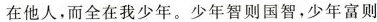
在他人，而全在我少年。少年智则国智，少年富则